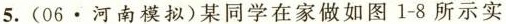
5.(06\cdot河南模拟)某同学在家做如图1-8所示实